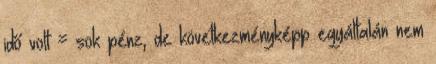
idő volt = sok pénz, de következményképp egyáltalán nem